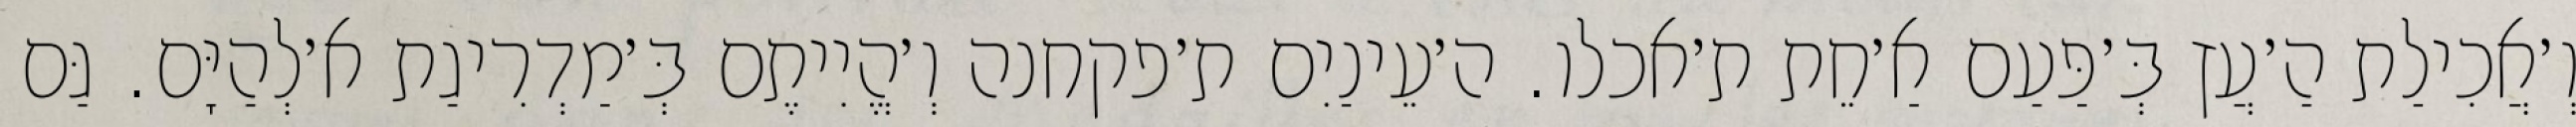
וְ׳אֲכִילַת הַ׳עֲץ בְּ׳פַּעַם אַ׳חֵת ת׳אכלו. ה׳עֵינַיִם ת׳פקחנה וְ׳הֱיִיתֶם בְּ׳מַדְרִיגַת א׳לְהַיָּם. גַּם